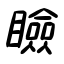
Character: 瞼